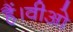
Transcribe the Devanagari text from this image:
हैं।वीओ